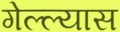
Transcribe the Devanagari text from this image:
गेल्ल्यास